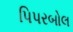
પિપરબોલ